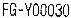
FG-Y00030